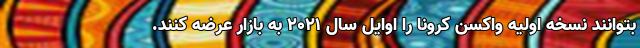
بتوانند نسخه اولیه واکسن کرونا را اوایل سال ۲۰۲۱ به بازار عرضه کنند.